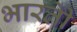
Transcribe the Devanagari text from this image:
भारतीे